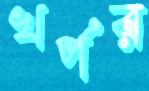
খর্পর